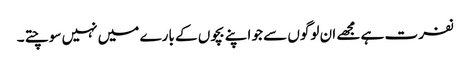
نفرت ہے مجھے ان لوگوں سے جو اپنے بچوں کے بارے میں نہیں سوچتے ۔